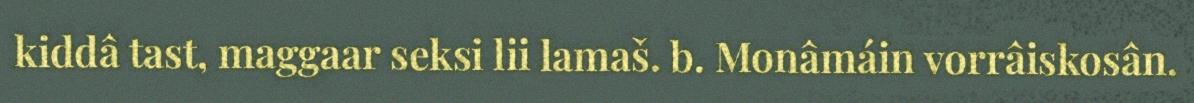
kiddâ tast, maggaar seksi lii lamaš. b. Monâmáin vorrâiskosân.